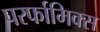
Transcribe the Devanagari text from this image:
परर्फामिक्स